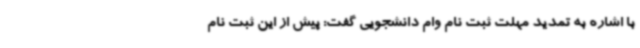
با اشاره به تمدید مهلت ثبت نام وام دانشجویی گفت: پیش از این ثبت نام